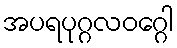
အပရပုဂ္ဂလဝဂ္ဂေါ